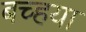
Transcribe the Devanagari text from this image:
बच्हया